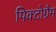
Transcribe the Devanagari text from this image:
पिक्टोग्रैम